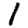
Digit: 1